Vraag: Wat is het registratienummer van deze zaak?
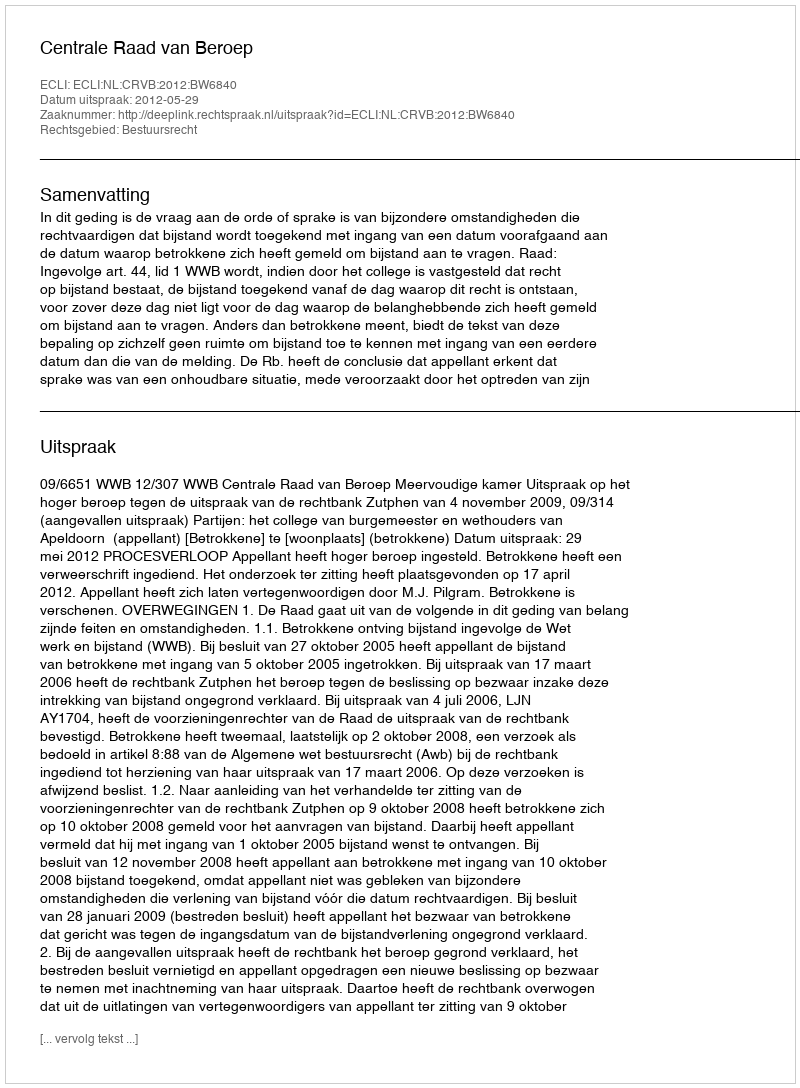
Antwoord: http://deeplink.rechtspraak.nl/uitspraak?id=ECLI:NL:CRVB:2012:BW6840